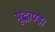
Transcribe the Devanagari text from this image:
मृद्भाण्ड।